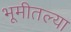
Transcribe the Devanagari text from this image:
भूमीतल्या